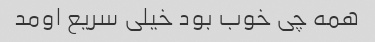
همه چی خوب بود خیلی سریع اومد